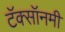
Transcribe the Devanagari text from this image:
टॅक्सॉनमी